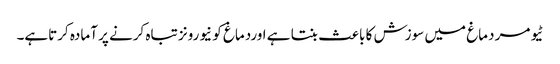
ٹیومر دماغ میں سوزش کا باعث بنتا ہے اوردماغ کو نیورونز تباہ کرنے پر آمادہ کرتاہے۔